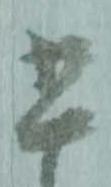
書